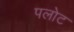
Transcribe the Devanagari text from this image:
पलोट